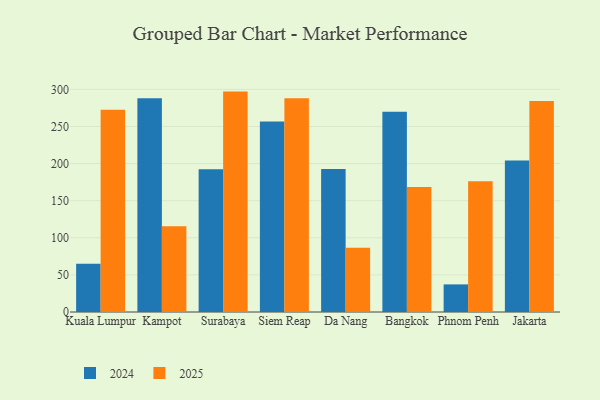
{"axis": {"x": "City", "y": "Revenue (USD Million)"}, "legend": ["2024", "2025"], "data": [{"x": "Kuala Lumpur", "y": 64.9, "type": "2024"}, {"x": "Kuala Lumpur", "y": 272.5, "type": "2025"}, {"x": "Kampot", "y": 288.0, "type": "2024"}, {"x": "Kampot", "y": 115.7, "type": "2025"}, {"x": "Surabaya", "y": 192.2, "type": "2024"}, {"x": "Surabaya", "y": 297.0, "type": "2025"}, {"x": "Siem Reap", "y": 256.8, "type": "2024"}, {"x": "Siem Reap", "y": 287.9, "type": "2025"}, {"x": "Da Nang", "y": 192.6, "type": "2024"}, {"x": "Da Nang", "y": 86.5, "type": "2025"}, {"x": "Bangkok", "y": 269.8, "type": "2024"}, {"x": "Bangkok", "y": 168.6, "type": "2025"}, {"x": "Phnom Penh", "y": 37.2, "type": "2024"}, {"x": "Phnom Penh", "y": 176.2, "type": "2025"}, {"x": "Jakarta", "y": 204.3, "type": "2024"}, {"x": "Jakarta", "y": 284.5, "type": "2025"}]}